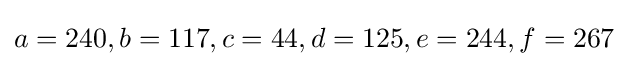
a=240,b=117,c=44,d=125,e=244,f=267